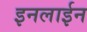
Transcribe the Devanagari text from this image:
इनलाईन